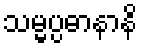
သမ္မပ္ပဓာနာနိ